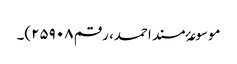
موسوعۂ مسند احمد، رقم ۲۵۹۰۸)۔